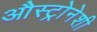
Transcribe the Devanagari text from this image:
औस्ट्रोनेशी